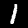
Label: 1